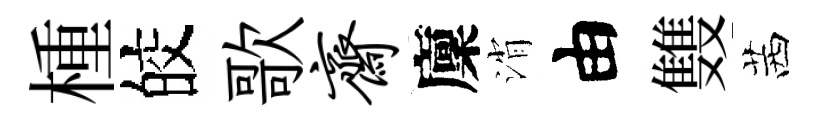
㮔皎歌斋廩消由䨇茜